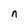
Character: n